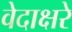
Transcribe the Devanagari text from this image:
वेदाक्षरे